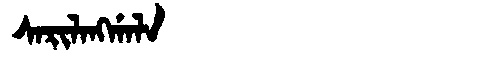
Manchu: ᠰᠠᡵᡳᠯᠠᠩᡤᠠᠯᠠ
Romanization: SARILANGGALA